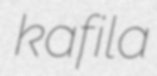
kafila